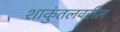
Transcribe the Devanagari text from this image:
शाकुंतलवरील